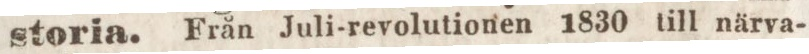
storia. Från Juli-revolutionen 1830 till närva-